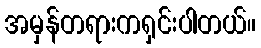
အမှန်တရားကရှင်းပါတယ်။